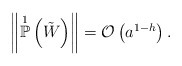
\begin{align*}\left\Vert \overset{1}{\mathbb{P}}\left( \tilde{W} \right) \right\Vert = \mathcal{O}\left( a^{1-h} \right). \end{align*}